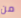
من